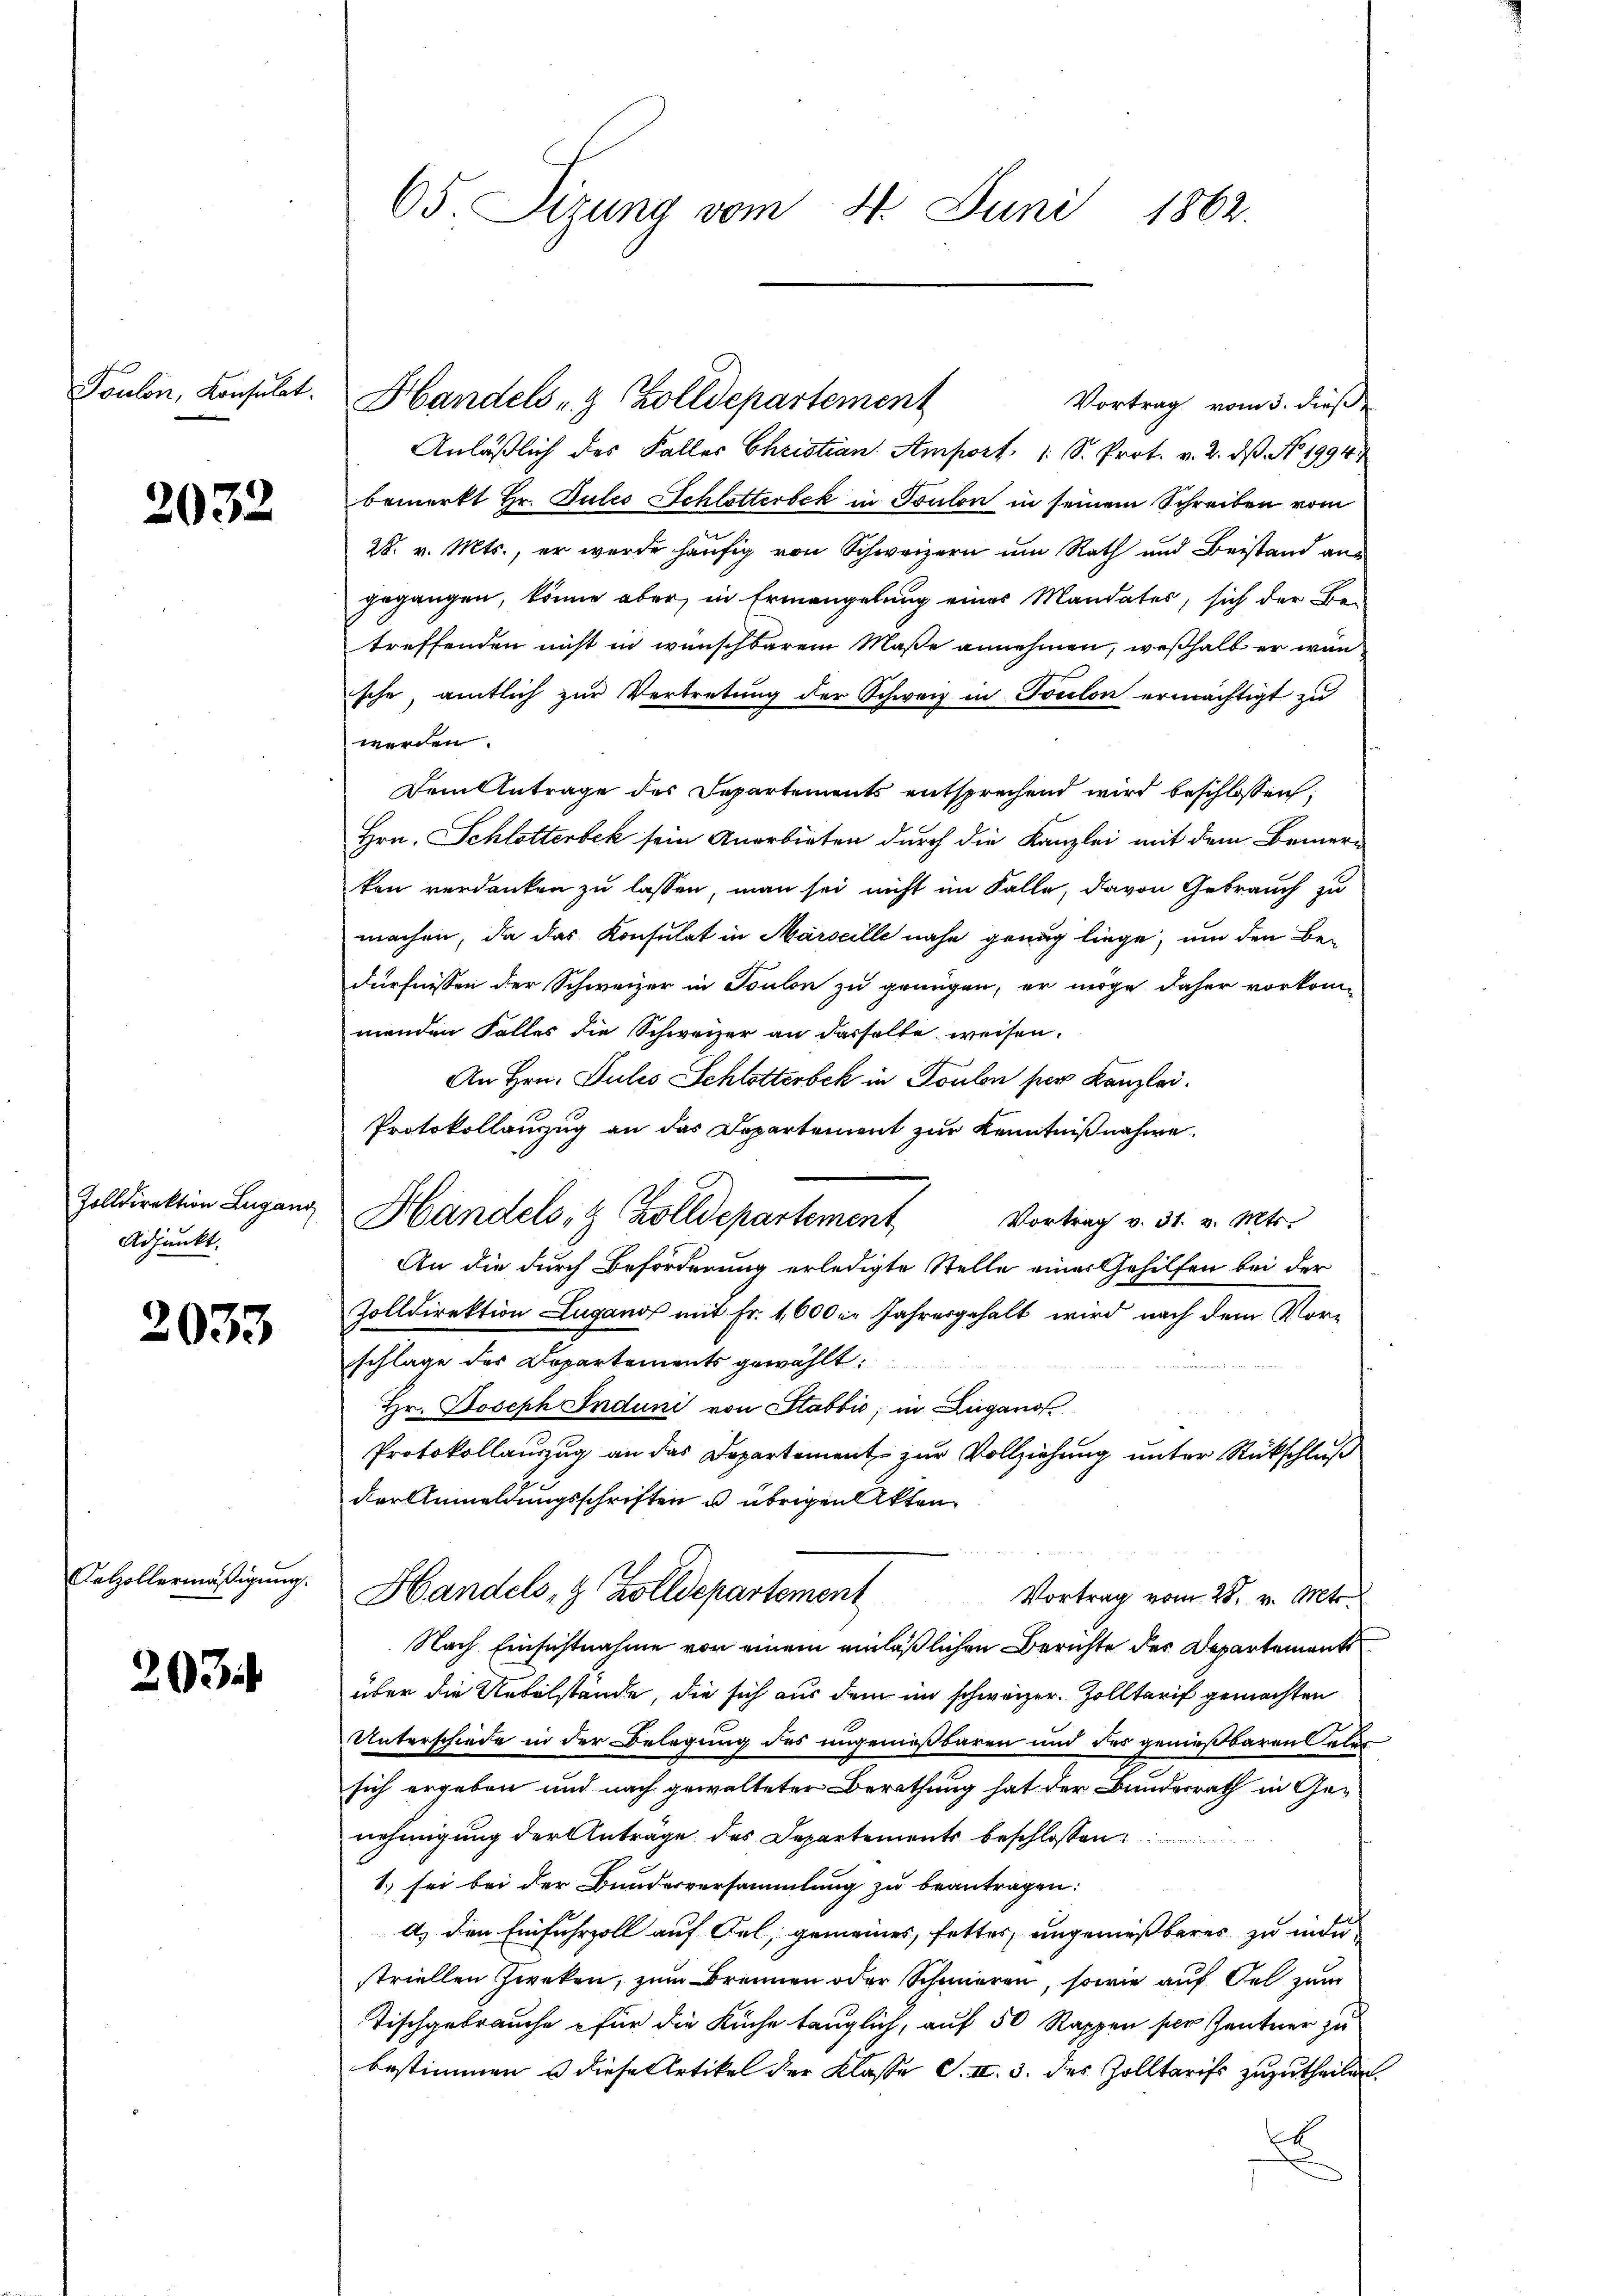
Toulon, Konsulat.

2032

Zolldirektion Lugang
Adjunkt.

2033

Dalzollermäßigung.

203

65. Sizung vom 4. Juni 1862.

Vortrag vom 3. dieß
Anläßlich des Falles Christian Amport 1 S. Prot. v. 2. dβ No 1994.
bemerkt Hr. Gutes Schlotterbek in Toulon in seinem Schreiben vom
28. v. Mts., er wurde häufig von Schweizern um Rath und Beistand angegangen, könne aber, in Ermangelung eines Mandates, sich der Be-
treffenden nicht in wünschbarem Maße annehmen, weßhalb er wär
sche, amtlich zur Vertretung der Schweiz in Toulon ermächtigt zu
werden.
Dem Antrage des Departements entsprechend wird beschlossen,
Hrn. Schlotterbek sein Anerbieten durch die Kanzlei mit dem Bennern
ten verdanken zu lassen, man sei nicht im Falle, davon Gebrauch zu
machen, da das Konsulat in Marseille nahe genug liege, um den Bedürfnissen der Schweizer in Toulon zu grungen, er möge daher vorkom-
menden Falles die Schweizer an dasselbe weisen.
An Hrn. Julis Schlotterbek in Toulon per Kanzlei.
Protokollauszug an das Departement zur Kenntnißnahme.
Handels, 9 Zolldepartement
Vortrag v. 31. v. Mts.
An die durch Beförderung erledigte Stelle einer Gehilfen bei der
Zolldirektion Lugano mit Fr. 1,600. Jahresgehalt wird nach dem Vor-
schlage des Departements gewählt:
un
Hr. Joseph Induni von Stabbić, in Lugano
Protokollauszug an das Departement zur Vollziehung unter Rückschluß
der Anmeldungsschriften u. übrigen Akten¬
Handels, z. Zolldepartement
Vortrag vom 28. v. Mts.
Nach Einsichtnahme von einem einläßlichen Berichte des Departements
über die Uebelstände, die sich aus dem im schweizer-Zolltarif gemachten
Unterschiede in der Belegung des ungenießbaren und des genießbaren Satz
sich ergeben und nach gewalteter Berathung hat der Bundesrath in Genehmigung der Antrage des Departements beschlossen:
1) sei bei der Bundesversammlung zu beantragen:
d) den Einfuhrzoll auf Fel, gemeines, fettes, ungenießbares zu inder
striellen Zweken, zum Brennen oder Schmieren, sowie auf del zum
Tischgebrauche für die Küche tauglich, auf 50 Rappen per Zentner zu
bestimmen u diese Artikel der Klasse S. II. 3. des Zolltarifs zuzutheilen.
e

Handels- & Zolldepartement